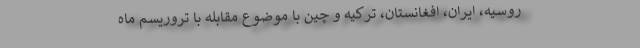
روسیه، ایران، افغانستان، ترکیه و چین با موضوع مقابله با تروریسم ماه